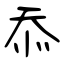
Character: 忝